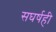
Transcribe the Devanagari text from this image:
सघर्षही